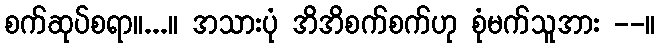
စက်ဆုပ်စရာ။...။ အသားပုံ အိအိစက်စက်ဟု စုံမက်သူအား --။